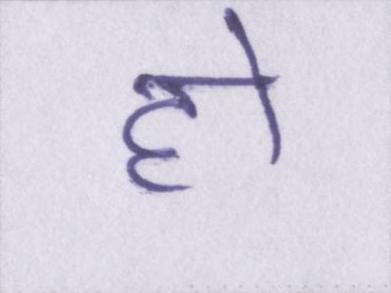
हो